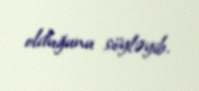
olduğunu söyləyib.